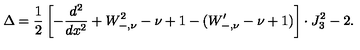
\Delta = \frac { 1 } { 2 } \left[ - \frac { d ^ { 2 } } { d x ^ { 2 } } + W _ { - , \nu } ^ { 2 } - \nu + 1 - ( W _ { - , \nu } ^ { \prime } - \nu + 1 ) \right] \cdot J _ { 3 } ^ { 2 } - 2 .